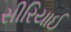
સીરિયાઈ